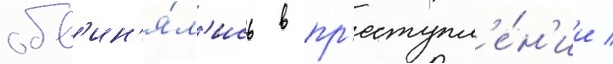
обв'ин'я́л'ись в пр'еступл'е́н'ии /